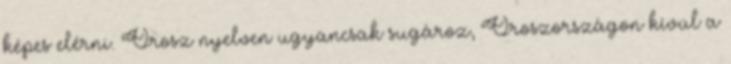
képes elérni. Orosz nyelven ugyancsak sugároz, Oroszországon kívül a